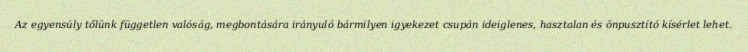
Az egyensúly tőlünk független valóság, megbontására irányuló bármilyen igyekezet csupán ideiglenes, hasztalan és önpusztító kísérlet lehet.